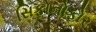
સિફોનોફોર